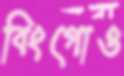
বিংগোও